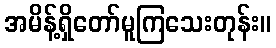
အမိန့်ရှိတော်မူကြသေးတုန်း။